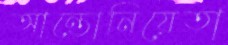
আন্তোনিয়েতা